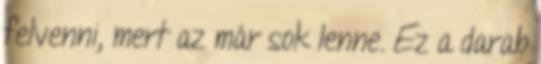
felvenni, mert az már sok lenne. Ez a darab